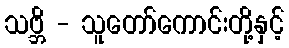
သဗ္ဘိ - သူတော်ကောင်းတို့နှင့်